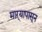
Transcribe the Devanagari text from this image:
माऱ्यापासून